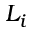
L _ { i }